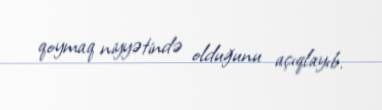
qoymaq niyyətində olduğunu açıqlayıb.